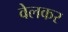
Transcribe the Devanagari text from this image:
वेलकर